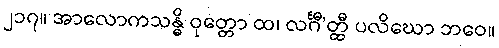
၂၁၇။ အာလောကသန္ဓိ ဝုတ္တော ထ၊ လင်္ဂီ’တ္ထီ ပလိဃော ဘဝေ။